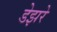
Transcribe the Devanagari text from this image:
डेझरे